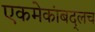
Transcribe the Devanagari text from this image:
एकमेकांबद्लच